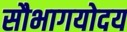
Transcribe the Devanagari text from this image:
सौभागयोदय